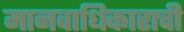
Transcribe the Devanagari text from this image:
मानवाधिकाराची